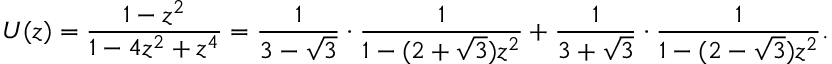
U ( z ) = { \frac { 1 - z ^ { 2 } } { 1 - 4 z ^ { 2 } + z ^ { 4 } } } = { \frac { 1 } { 3 - { \sqrt { 3 } } } } \cdot { \frac { 1 } { 1 - ( 2 + { \sqrt { 3 } } ) z ^ { 2 } } } + { \frac { 1 } { 3 + { \sqrt { 3 } } } } \cdot { \frac { 1 } { 1 - ( 2 - { \sqrt { 3 } } ) z ^ { 2 } } } .